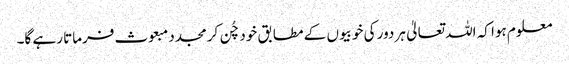
معلوم ہوا کہ اللہ تعالیٰ ہر دور کی خوبیوں کے مطابق خود چُن کر مجدد مبعوث فرماتا رہے گا۔